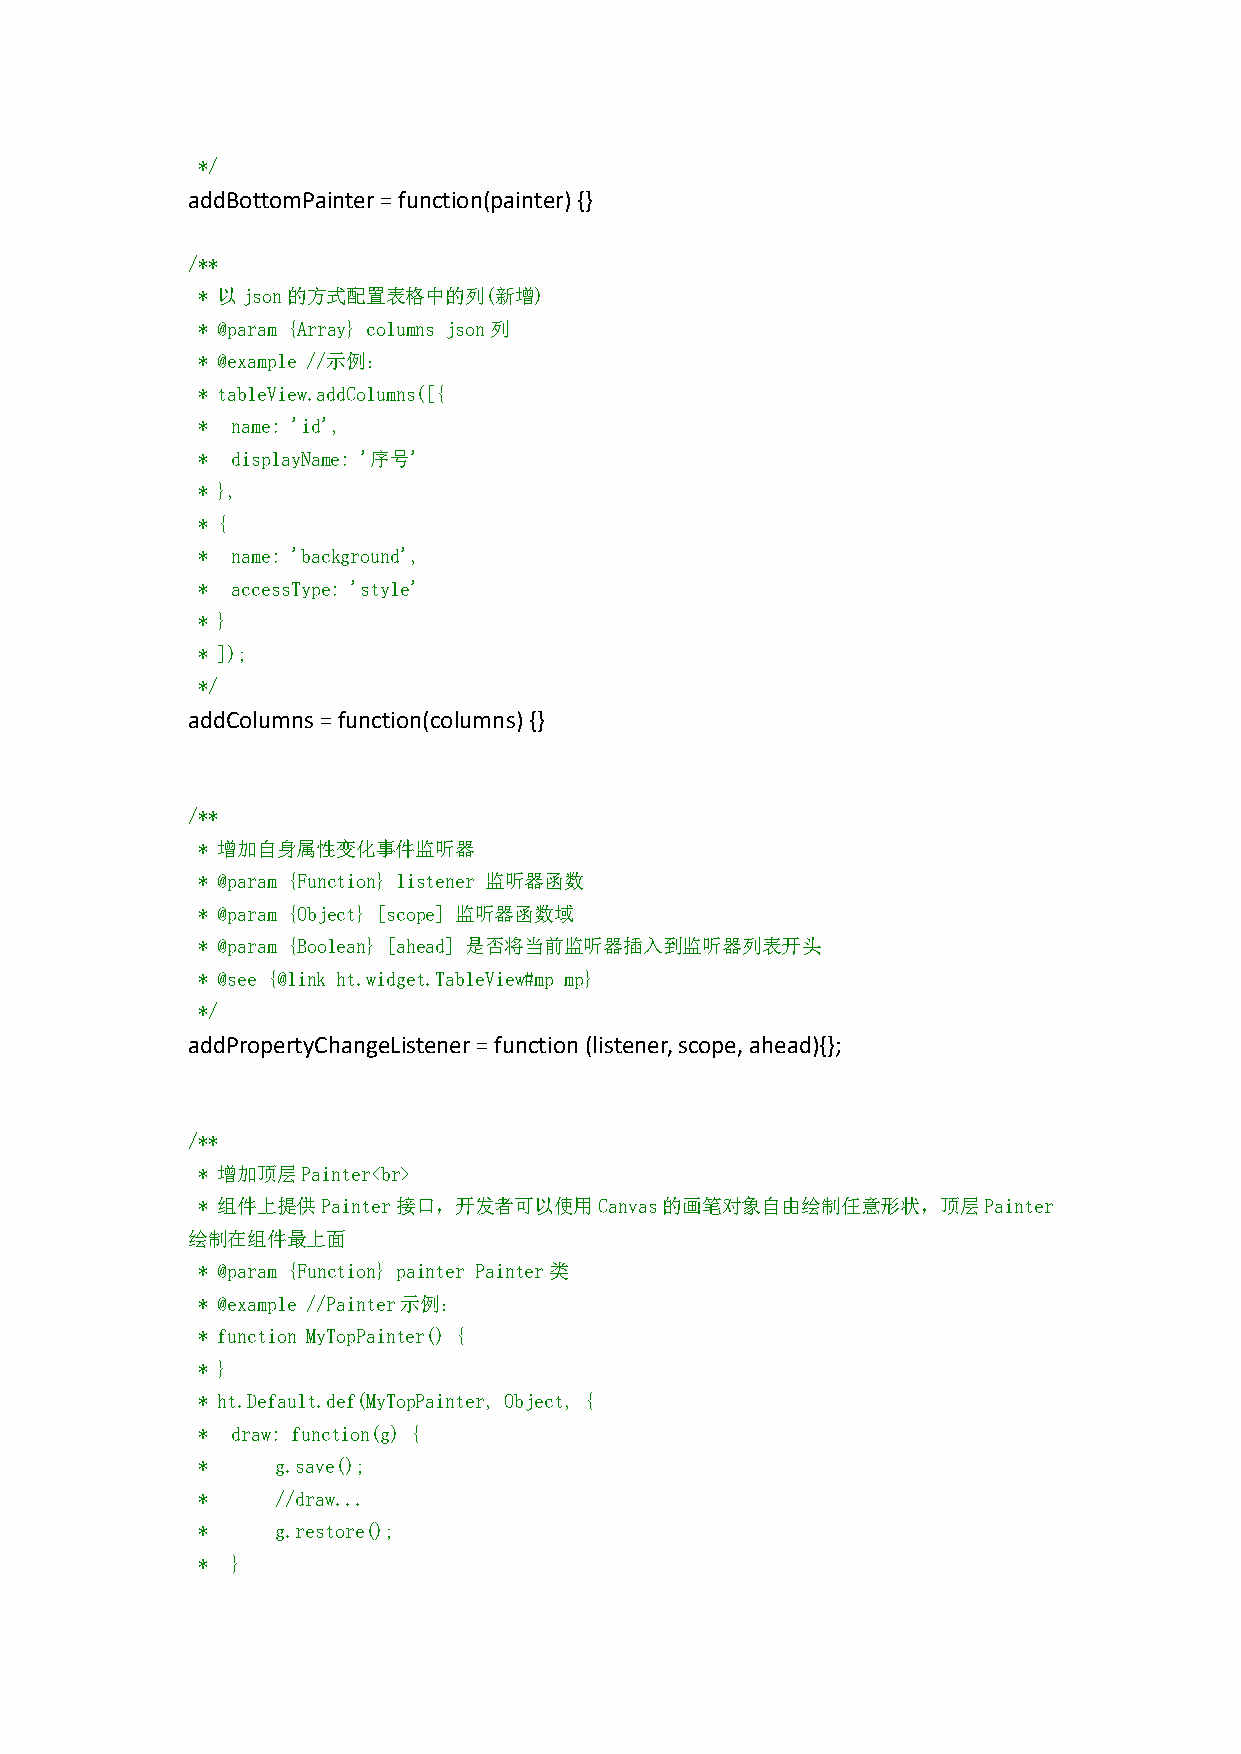
*/
 addBottomPainter=function(painter){}
 /**
 * 以json的方式配置表格中的列(新增)
 * @param {Array} columns json列
 * @example //示例：
 * tableView.addColumns([{
 * name: 'id',
 * displayName: '序号'
 * },
 * {
 * name: 'background',
 * accessType: 'style'
 * }
 * ]);
 */
 addColumns=function(columns){}
 /**
 * 增加自身属性变化事件监听器
 * @param {Function} listener 监听器函数
 * @param {Object} [scope] 监听器函数域
 * @param {Boolean} [ahead] 是否将当前监听器插入到监听器列表开头
 * @see {@link ht.widget.TableView#mp mp}
 */
 addPropertyChangeListener=function(listener,scope,ahead){};
 /**
 * 增加顶层Painter<br>
 * 组件上提供Painter接口，开发者可以使用Canvas的画笔对象自由绘制任意形状，顶层Painter
 绘制在组件最上面
 * @param {Function} painter Painter类
 * @example //Painter示例：
 * function MyTopPainter() {
 * }
 * ht.Default.def(MyTopPainter, Object, {
 * draw: function(g) {
 *    g.save();
 *    //draw...
 *    g.restore();
 * }